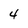
Character: 4